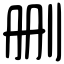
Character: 删